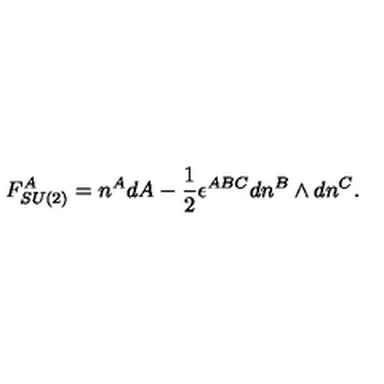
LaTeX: F _ { S U ( 2 ) } ^ { A } = n ^ { A } d A - \frac 1 2 \epsilon ^ { A B C } d n ^ { B } \wedge d n ^ { C } .